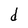
Character: d